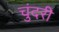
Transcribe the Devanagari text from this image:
चुंदरी